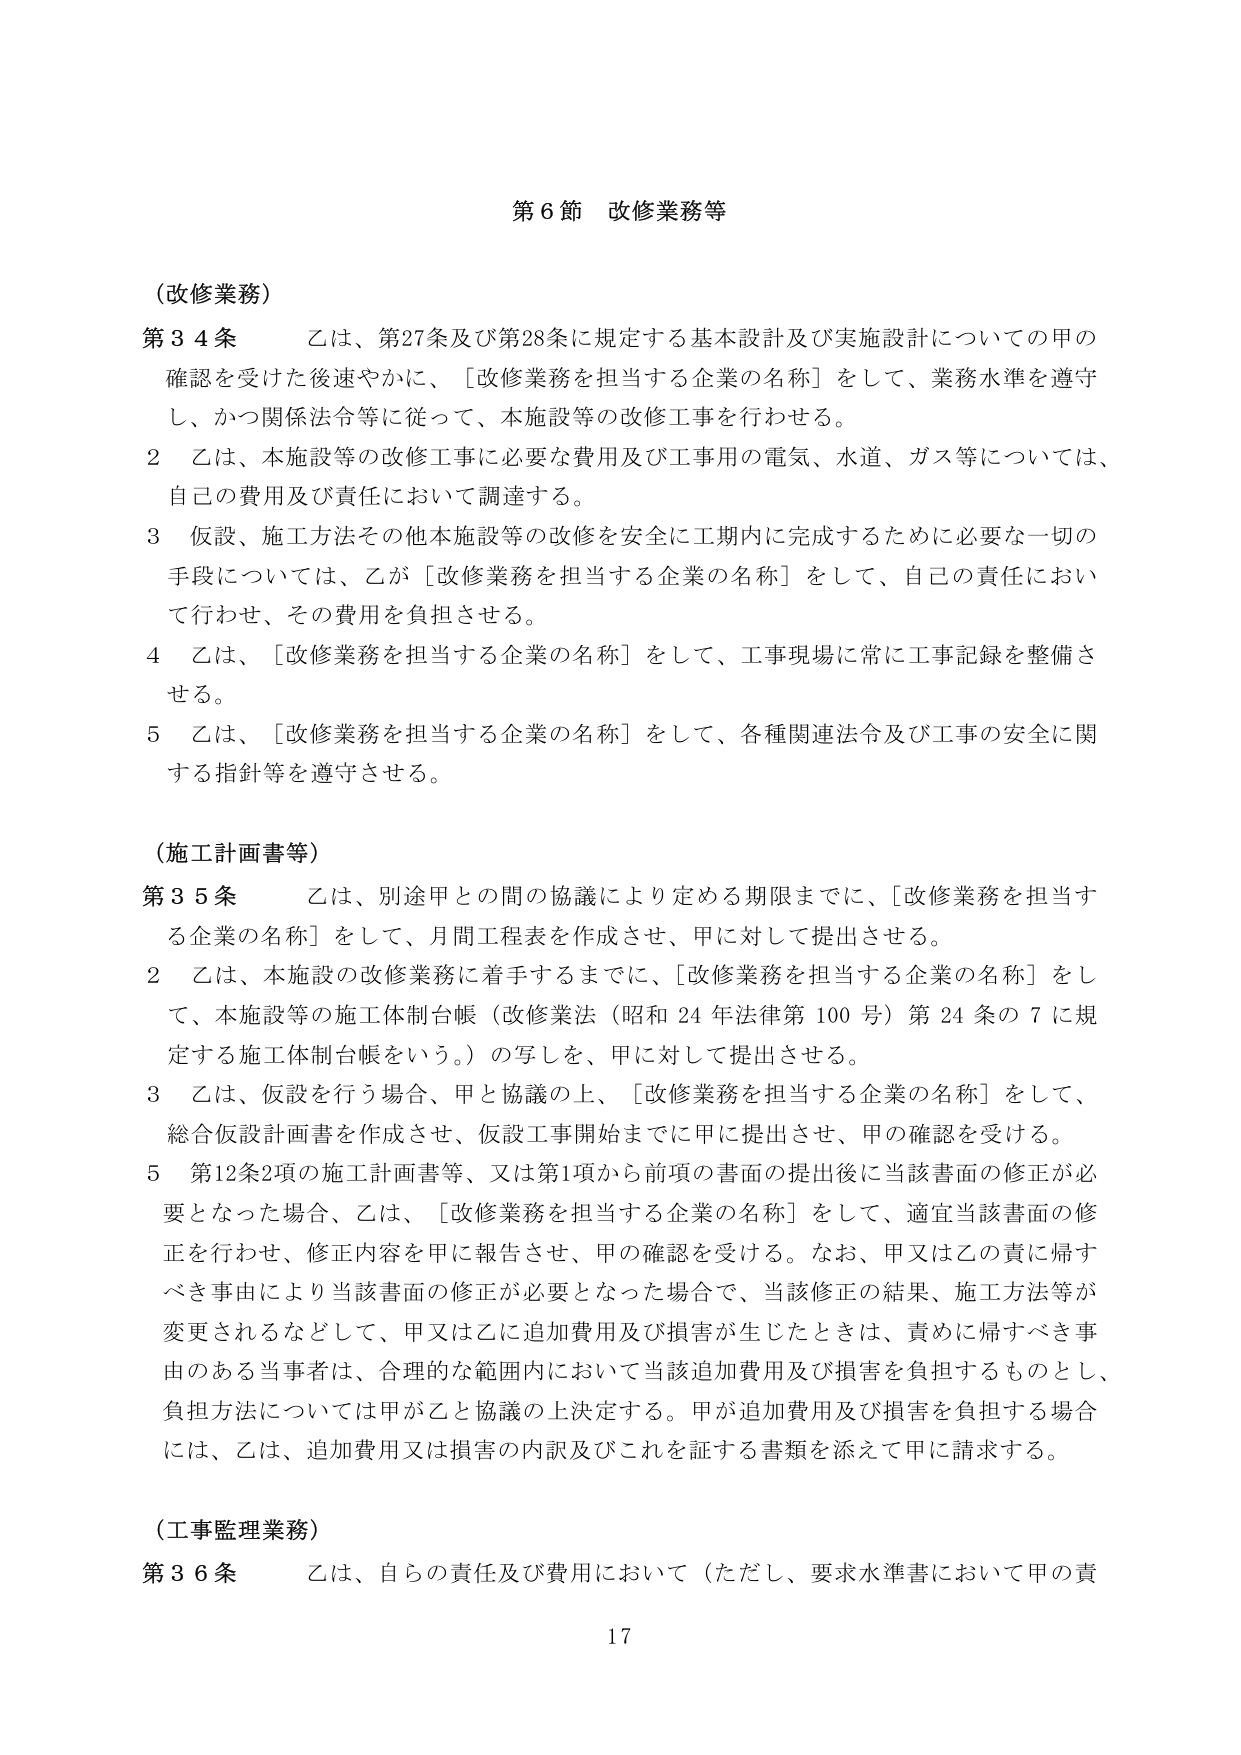
第６節 改修業務等

（改修業務）
第３４条 乙は、第27条及び第28条に規定する基本設計及び実施設計についての甲の確認を受けた後速やかに、「改修業務を担当する企業の名称」をして、業務水準を遵守し、かつ関係法令等に従って、本施設等の改修工事を行わせる。
２ 乙は、本施設等の改修工事に必要な費用及び工事用の電気、水道、ガス等については、自己の費用及び責任において調達する。
３ 仮設、施工方法その他本施設等の改修を安全に工期内に完成するために必要な一切の手段については、乙が「改修業務を担当する企業の名称」をして、自己の責任において行わせ、その費用を負担させる。
４ 乙は、「改修業務を担当する企業の名称」をして、工事現場に常に工事記録を整備させる。
５ 乙は、「改修業務を担当する企業の名称」をして、各種関連法令及び工事の安全に関する指針等を遵守させる。

（施工計画書等）
第３５条 乙は、別途甲との間の協議により定める期限までに、「改修業務を担当する企業の名称」をして、月間工程表を作成させ、甲に対して提出させる。
２ 乙は、本施設の改修業務に着手するまでに、「改修業務を担当する企業の名称」をして、本施設等の施工体制台帳（改修業法（昭和24年法律第100号）第24条の7に規定する施工体制台帳をいう。）の写しを、甲に対して提出させる。
３ 乙は、仮設を行う場合、甲と協議の上、「改修業務を担当する企業の名称」をして、総合仮設計画書を作成させ、仮設工事開始までに甲に提出させ、甲の確認を受ける。
５ 第12条2項の施工計画書等、又は第1項から前項の書面の提出後に当該書面の修正が必要となった場合、乙は、「改修業務を担当する企業の名称」をして、適宜当該書面の修正を行わせ、修正内容を甲に報告させ、甲の確認を受ける。なお、甲又は乙の責に帰すべき事由により当該書面の修正が必要となった場合で、当該修正の結果、施工方法等が変更されるなどして、甲又は乙に追加費用及び損害が生じたときは、責めに帰すべき事由のある当事者は、合理的な範囲内において当該追加費用及び損害を負担するものとし、負担方法については甲が乙と協議の上決定する。甲が追加費用及び損害を負担する場合には、乙は、追加費用又は損害の内訳及びこれを証する書類を添えて甲に請求する。

（工事監理業務）
第３６条 乙は、自らの責任及び費用において（ただし、要求水準書において甲の責

17